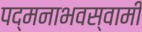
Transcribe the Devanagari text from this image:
पद्मनाभवस्वामी